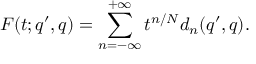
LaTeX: F ( t ; q ^ { \prime } , q ) = \sum _ { n = - \infty } ^ { + \infty } t ^ { n / N } d _ { n } ( q ^ { \prime } , q ) .